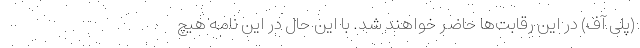
(پلی آف) در این رقابت‌ها حاضر خواهند شد. با این حال در این نامه هیچ